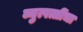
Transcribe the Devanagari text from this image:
व्युत्पत्तींचा